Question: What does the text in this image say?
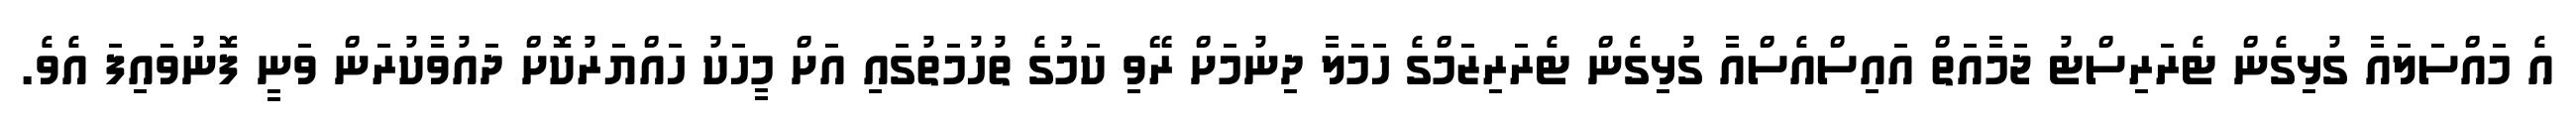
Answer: އެ މައްސަލައާ ގުޅިގެން ޓެރަރިސްޓު ޖަމާއަތް އައިސްއެސްއާ ގުޅިގެން ޓެރަރިޒަމްގެ ހަމަލާ ދިނުމަށް ރޭވި ކަމުގެ ތުހުމަތުގައި އަށް މީހަކު ހައްޔަރުކޮށް ދައުވާކުރަން ވަނީ ފޮނުވައިފަ އެވެ.